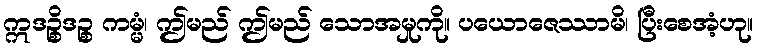
ဣဒဉ္စိဒဉ္စ ကမ္မံ၊ ဤမည် ဤမည် သောအမှုကို။ ပယောဇေဿာမိ၊ ပြီးစေအံ့ဟု။